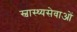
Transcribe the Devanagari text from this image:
स्वास्थ्यसेवाओं